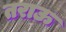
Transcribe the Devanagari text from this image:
तराऊ